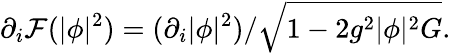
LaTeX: \partial_{i}{\cal F}(|\phi|^{2})=(\partial_{i}|\phi|^{2})/\sqrt{1-2g^{2}|\phi|^{2}G}.